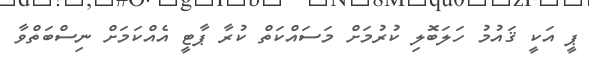
ޕީ އަކީ ޤައުމު ހަލަބޮލި ކުރުމަށް މަސައްކަތް ކުރާ ޕާޓީ އެއްކަމަށް ނިސްބަތްވާ